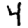
Digit: 4